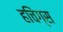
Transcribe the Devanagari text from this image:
हचिंग्स